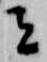
者